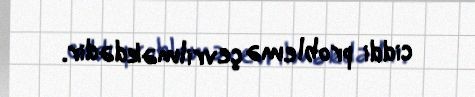
ciddi problemə çevrilməkdədir.